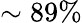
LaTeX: \sim 89\%